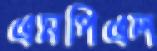
এমপিএল